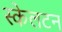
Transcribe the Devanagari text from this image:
स्केलटन